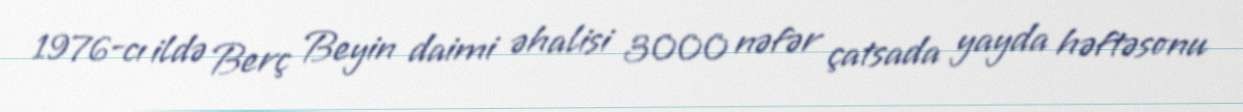
1976-cı ildə Berç Beyin daimi əhalisi 3000 nəfər çatsada yayda həftəsonu